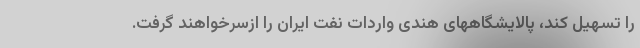
را تسهیل کند، پالایشگاههای هندی واردات نفت ایران را ازسرخواهند گرفت.